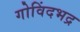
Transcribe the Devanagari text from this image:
गोविंदभद्र